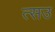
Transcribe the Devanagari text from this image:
त्सउ